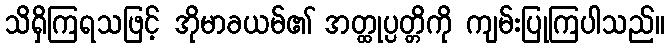
သိရှိကြရသဖြင့် အိုမာခယမ်၏ အတ္ထုပ္ပတ္တိကို ကျမ်းပြုကြပါသည်။